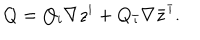
LaTeX: Q = Q _ { i } \nabla z ^ { i } + Q _ { \bar { \imath } } \nabla \bar { z } ^ { \bar { \imath } } .